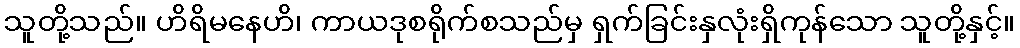
သူတို့သည်။ ဟိရိမနေဟိ၊ ကာယဒုစရိုက်စသည်မှ ရှက်ခြင်းနှလုံးရှိကုန်သော သူတို့နှင့်။